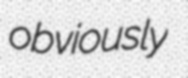
obviously